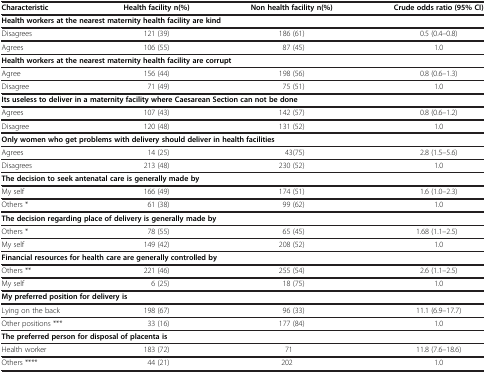
<table><thead><tr><td><b>Characteristic</b></td><td><b>Health facility n(%)</b></td><td><b>Non health facility n(%)</b></td><td><b>Crude odds ratio (95% CI)</b></td></tr></thead><tbody><tr><td colspan="4"><b>Health workers at the nearest maternity health facility are kind</b></td></tr><tr><td>Disagrees</td><td>121 (39)</td><td>186 (61)</td><td>0.5 (0.4–0.8)</td></tr><tr><td>Agrees</td><td>106 (55)</td><td>87 (45)</td><td>1.0</td></tr><tr><td colspan="4"><b>Health workers at the nearest maternity health facility are corrupt</b></td></tr><tr><td>Agree</td><td>156 (44)</td><td>198 (56)</td><td>0.8 (0.6–1.3)</td></tr><tr><td>Disagree</td><td>71 (49)</td><td>75 (51)</td><td>1.0</td></tr><tr><td colspan="4"><b>Its useless to deliver in a maternity facility where Caesarean Section can not be done</b></td></tr><tr><td>Agrees</td><td>107 (43)</td><td>142 (57)</td><td>0.8 (0.6–1.2)</td></tr><tr><td>Disagree</td><td>120 (48)</td><td>131 (52)</td><td>1.0</td></tr><tr><td colspan="4"><b>Only women who get problems with delivery should deliver in health facilities</b></td></tr><tr><td>Agrees</td><td>14 (25)</td><td>43(75)</td><td>2.8 (1.5–5.6)</td></tr><tr><td>Disagrees</td><td>213 (48)</td><td>230 (52)</td><td>1.0</td></tr><tr><td colspan="4"><b>The decision to seek antenatal care is generally made by</b></td></tr><tr><td>My self</td><td>166 (49)</td><td>174 (51)</td><td>1.6 (1.0–2.3)</td></tr><tr><td>Others *</td><td>61 (38)</td><td>99 (62)</td><td>1.0</td></tr><tr><td colspan="4"><b>The decision regarding place of delivery is generally made by</b></td></tr><tr><td>Others *</td><td>78 (55)</td><td>65 (45)</td><td>1.68 (1.1–2.5)</td></tr><tr><td>My self</td><td>149 (42)</td><td>208 (52)</td><td>1.0</td></tr><tr><td colspan="4"><b>Financial resources for health care are generally controlled by</b></td></tr><tr><td>Others **</td><td>221 (46)</td><td>255 (54)</td><td>2.6 (1.1–2.5)</td></tr><tr><td>My self</td><td>6 (25)</td><td>18 (75)</td><td>1.0</td></tr><tr><td colspan="4"><b>My preferred position for delivery is</b></td></tr><tr><td>Lying on the back</td><td>198 (67)</td><td>96 (33)</td><td>11.1 (6.9–17.7)</td></tr><tr><td>Other positions ***</td><td>33 (16)</td><td>177 (84)</td><td>1.0</td></tr><tr><td colspan="4"><b>The preferred person for disposal of placenta is</b></td></tr><tr><td>Health worker</td><td>183 (72)</td><td>71</td><td>11.8 (7.6–18.6)</td></tr><tr><td>Others ****</td><td>44 (21)</td><td>202</td><td>1.0</td></tr></tbody></table>